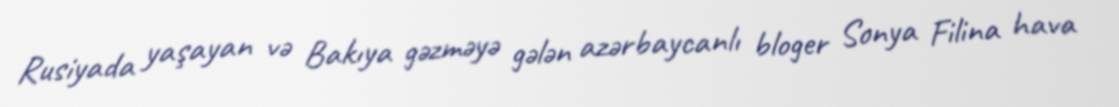
Rusiyada yaşayan və Bakıya gəzməyə gələn azərbaycanlı bloger Sonya Filina hava